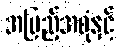
အပြည့်အစုံနှင့်